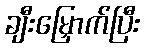
ချီးမြှောက်ပြီး